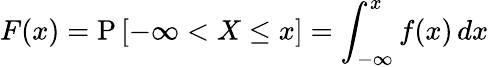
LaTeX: F(x)=\operatorname{P}\left[-\infty<X\leq x\right]=\int_{-\infty}^{x}f(x)\, dx